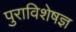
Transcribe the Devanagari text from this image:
पुराविशेषज्ञ